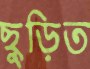
ছুড়িত